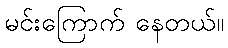
မင်းကြောက် နေတယ်။